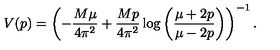
V ( p ) = \left( - \frac { M \mu } { 4 \pi ^ { 2 } } + \frac { M p } { 4 \pi ^ { 2 } } \log \left( \frac { \mu + 2 p } { \mu - 2 p } \right) \right) ^ { - 1 } .